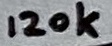
Text: 120k